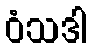
ဝံသဒါ